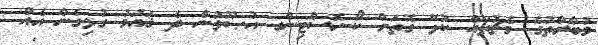
މުބާރާތުގެ މެޗުތައް ކުޅޭ ގޮތަށް ކޯ-ހޮސްޓިންގ އުޞޫލުން ދެ ޤައުމު ގުޅިގެން އެއް